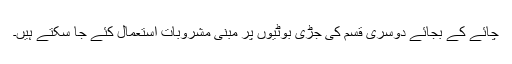
چائے کے بجائے دوسری قسم کی جڑی بوٹیوں پر مبنی مشروبات استعمال کئے جا سکتے ہیں۔